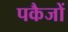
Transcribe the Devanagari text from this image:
पकैजों